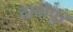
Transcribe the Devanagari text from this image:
दादोपुर